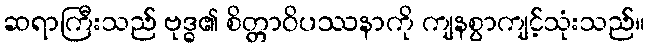
ဆရာကြီးသည် ဗုဒ္ဓ၏ စိတ္တာဝိပဿနာကို ကျနစွာကျင့်သုံးသည်။